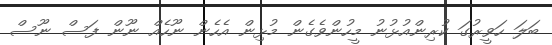
ބަލަ ހަވީރުގަ ކުރިންއުޅުނު މީހުންވެގެން މުޅިން އެހެން ނޫހެއް ނޫން ފަސް ނޫސް